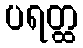
ပရတ္ထ